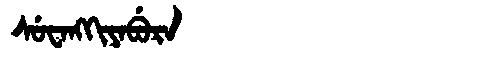
Manchu: ᠰᡠᠸᠠᠩᡴᡳᠶᠠᠪᡠᡵᠠ
Romanization: SUWANGKIYABURA